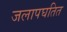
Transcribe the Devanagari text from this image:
जलापघतित